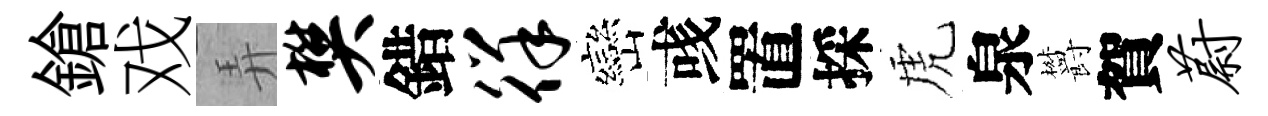
鎗戏弄樊錯徉巒彧置採虎泉欝賀蔚